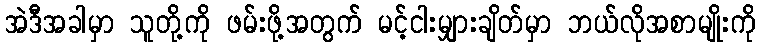
အဲဒီအခါမှာ သူတို့ကို ဖမ်းဖို့အတွက် မင့်ငါးမျှားချိတ်မှာ ဘယ်လိုအစာမျိုးကို